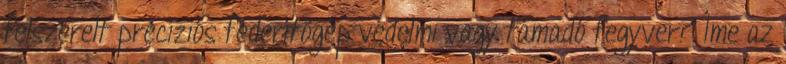
felszerelt precíziós federítőgép védelmi vagy támadó fegyver? Íme az